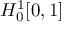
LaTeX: H _ { 0 } ^ { 1 } [ 0 , 1 ]